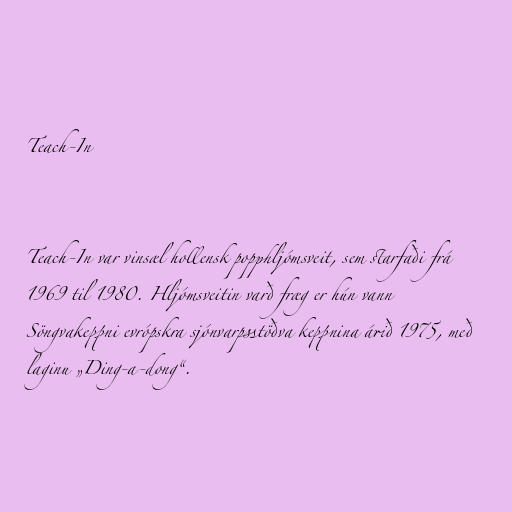
Teach-In

Teach-In var vinsæl hollensk popphljómsveit, sem starfaði frá
1969 til 1980. Hljómsveitin varð fræg er hún vann
Söngvakeppni evrópskra sjónvarpsstöðva keppnina árið 1975, með
laginu „Ding-a-dong“.